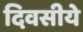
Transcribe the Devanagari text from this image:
दिवसीये